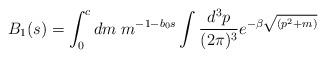
LaTeX: \begin{align*} B_1(s)=\int_{0}^{c}dm\;m^{-1-b_0 s}\int\frac{d^{3}p}{(2\pi)^{3}}e^{-\beta\sqrt{(p^{2}+m)}}\end{align*}